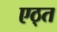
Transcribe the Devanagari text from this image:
एठ्त